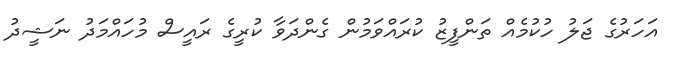
އަހަރުގެ ޖަލު ހުކުމެއް ތަންފީޒު ކުރައްވަމުން ގެންދަވާ ކުރީގެ ރައީސް މުހައްމަދު ނަޝީދު